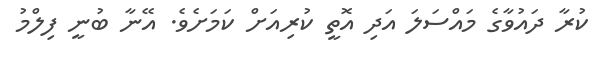
ކުރާ ދައުވާގެ މައްސަލަ އަދި އޮތީ ކުރިއަށް ކަމަށެވެ. އޭނާ ބުނީ ފިލްމު